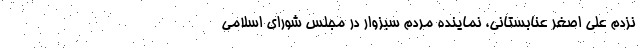
نزدم علی اصغر عنابستانی، نماینده مردم سبزوار در مجلس شورای اسلامی